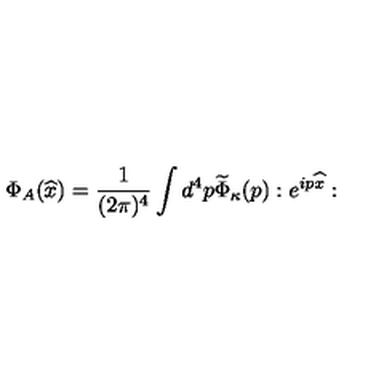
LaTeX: \Phi _ { A } ( \widehat { x } ) = { \frac { 1 } { ( 2 \pi ) ^ { 4 } } } \int d ^ { 4 } p \widetilde { \Phi } _ { \kappa } ( p ) : e ^ { i p \widehat { x } } :